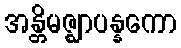
အန္တိမဇ္ဈာပန္နကော